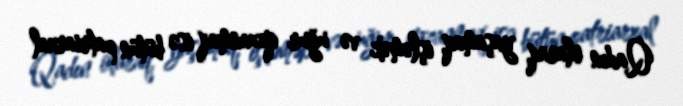
Qadın olaraq, yaşamaq, işləmək və uğur qazanmaq isə bütün patriarxal